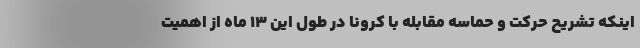
اینکه تشریح حرکت و حماسه مقابله با کرونا در طول این ۱۳ ماه از اهمیت